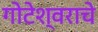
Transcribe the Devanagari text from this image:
गोटेश्वराचे